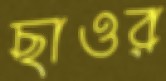
ছাওর